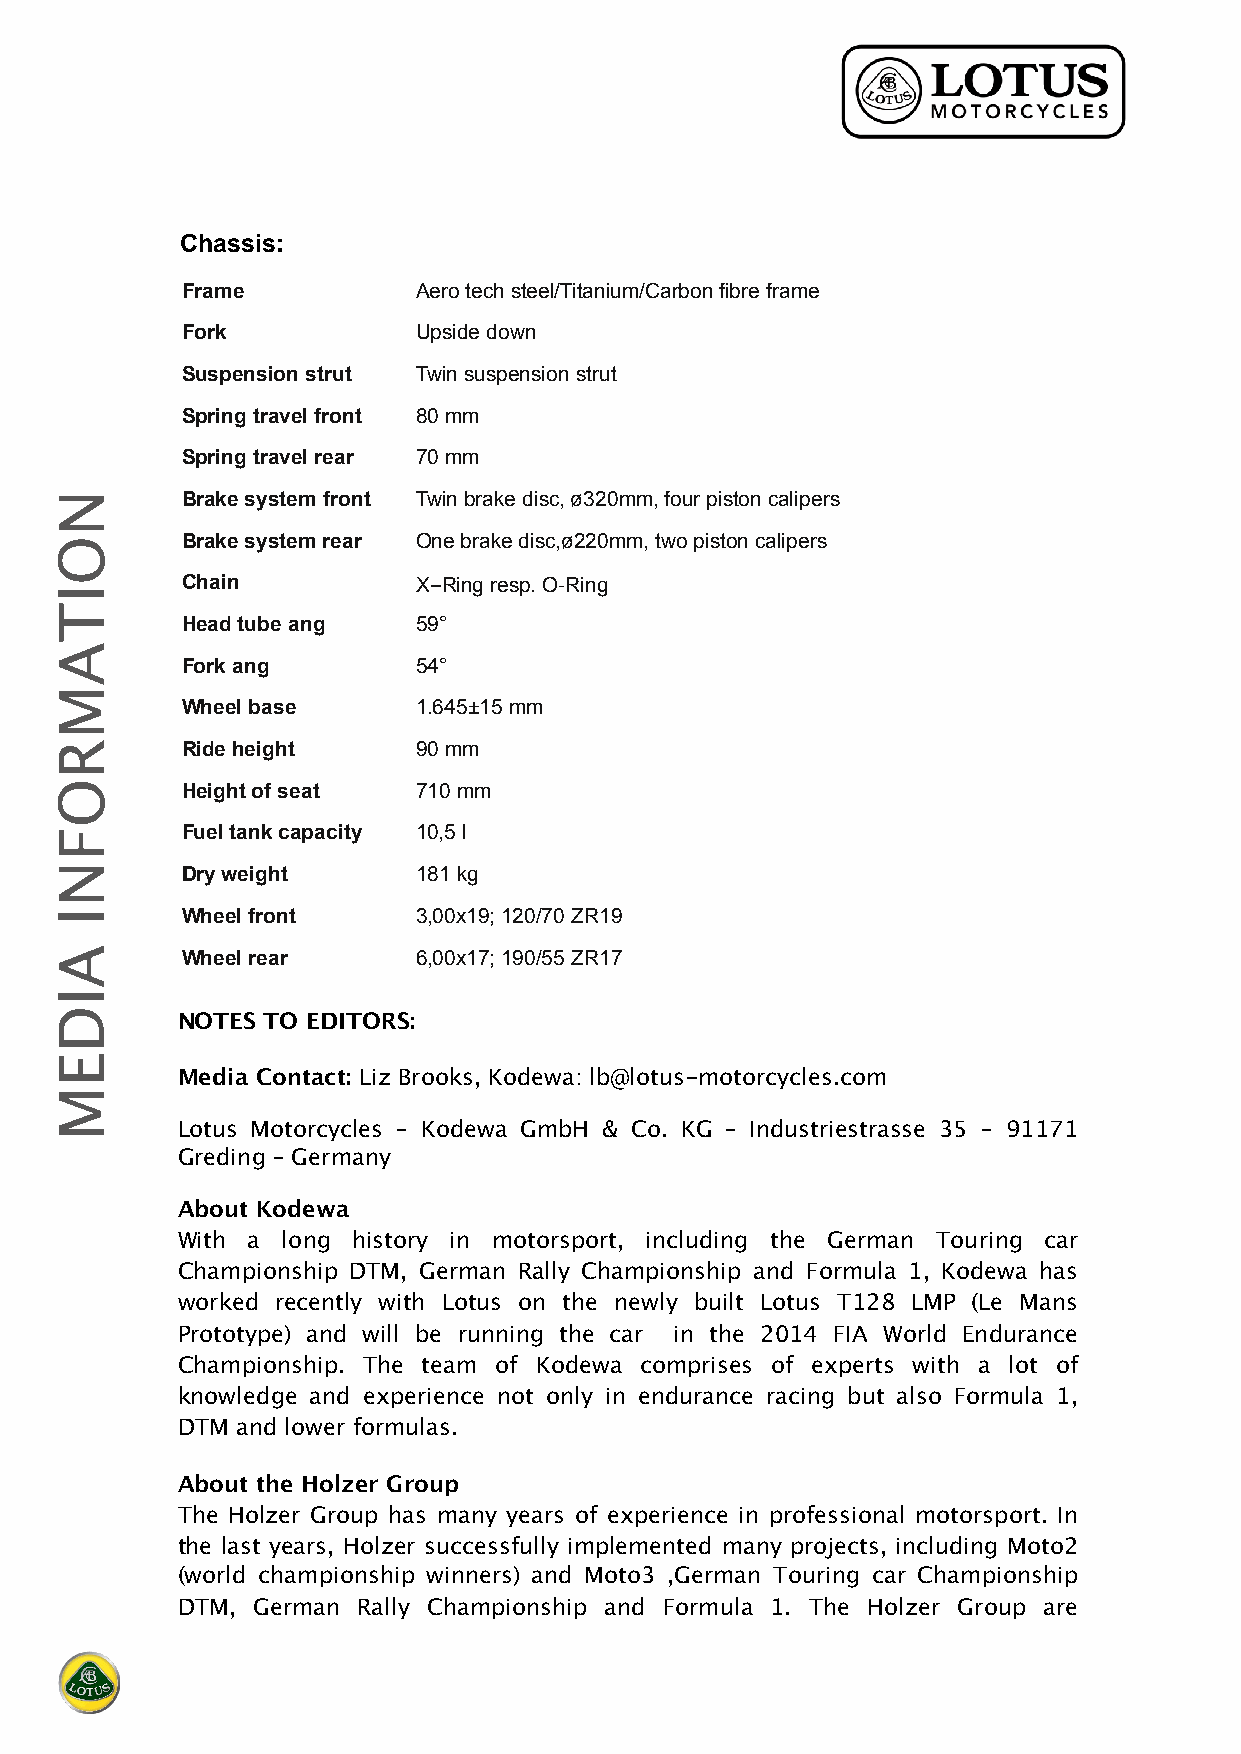
Chassis:
 Frame           Aero tech steel/Titanium/Carbon fibre frame
 Fork            Upside down
 Suspension strut Twin suspension strut
 Spring travel front 80 mm
 Spring travel rear 70 mm
 Brake system front Twin brake disc, ø320mm, four piston calipers
 Brake system rear One brake disc,ø220mm, two piston calipers
 Chain           X-Ring resp. O-Ring
 Head tube ang   59°
 Fork ang        54°
 Wheel base      1.645±15 mm
 Ride height     90 mm
 Height of seat  710 mm
 Fuel tank capacity 10,5 l
 Dry weight      181 kg
 Wheel front     3,00x19; 120/70 ZR19
 Wheel rear      6,00x17; 190/55 ZR17
 NOTES TO EDITORS:
 Media Contact: Liz Brooks, Kodewa: lb@lotus-motorcycles.com
 Lotus Motorcycles – Kodewa GmbH & Co. KG – Industriestrasse 35 – 91171
 Greding – Germany
 About Kodewa
 With a long history in motorsport, including the German Touring car
 Championship DTM, German Rally Championship and Formula 1, Kodewa has
 worked recently with Lotus on the newly built Lotus T128 LMP (Le Mans
 Prototype) and will be running the car in the 2014 FIA World Endurance
 Championship. The team of Kodewa comprises of experts with a lot of
 knowledge and experience not only in endurance racing but also Formula 1,
 DTM and lower formulas.
 About the Holzer Group
 The Holzer Group has many years of experience in professional motorsport. In
 the last years, Holzer successfully implemented many projects, including Moto2
 (world championship winners) and Moto3 ,German Touring car Championship
 DTM, German Rally Championship and Formula 1. The Holzer Group are
 NOITAMROFNI
 AIDEM